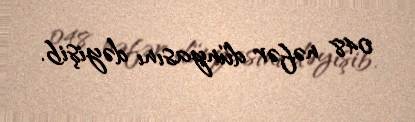
048 nəfər dünyasını dəyişib.